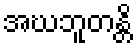
အဃဘူတန္တိ